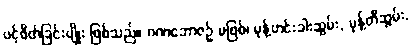
ပင့်ဖိတ်ခြင်းမျိုး ဖြစ်သည်။ ဂဏဘောဇဉ် မဖြစ်၊ မုန့်ဟင်းခါးဆွမ်း, မုန့်တီဆွမ်း,